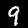
Label: 9